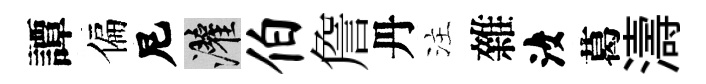
譚偏尼灌伯詹丹注雜汝葛濤